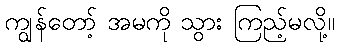
ကျွန်တော့် အမကို သွား ကြည့်မလို့။